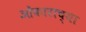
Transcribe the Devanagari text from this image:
ओंकाराच्या